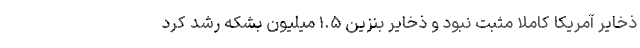
ذخایر آمریکا کاملا مثبت نبود و ذخایر بنزین ۱.۵ میلیون بشکه رشد کرد